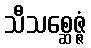
သီသစ္ဆေဇ္ဇံ